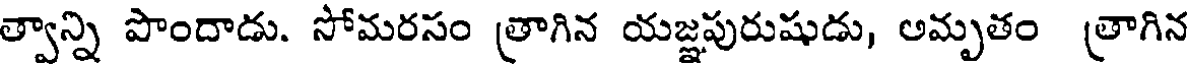
త్వాన్ని పొందాడు. సోమరసం త్రాగిన యజ్ఞపురుషుడు, అమృతం త్రాగిన